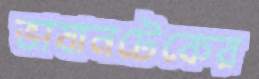
ভাষানটেকের